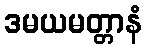
ဒမယမတ္တာနံ